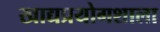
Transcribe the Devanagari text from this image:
खाद्यप्रयोगशाला